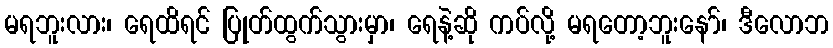
မရဘူးလား၊ ရေထိရင် ပြုတ်ထွက်သွားမှာ၊ ရေနဲ့ဆို ကပ်လို့ မရတော့ဘူးနော်၊ ဒီလောဘ